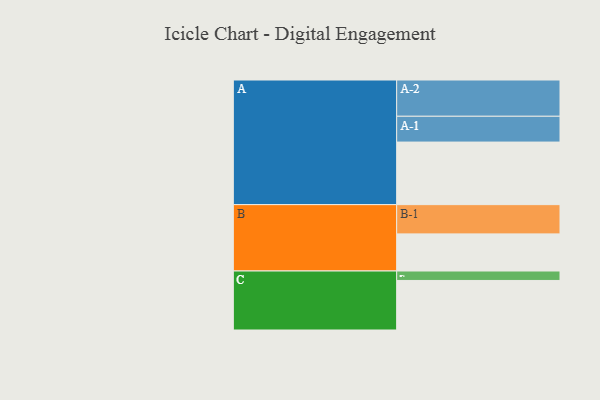
{"axis": {"x": "Segment", "y": "Value"}, "legend": ["", "A", "B", "C"], "data": [{"x": "A", "y": 509, "type": ""}, {"x": "B", "y": 302, "type": ""}, {"x": "C", "y": 403, "type": ""}, {"x": "A-1", "y": 210, "type": "A"}, {"x": "A-2", "y": 295, "type": "A"}, {"x": "B-1", "y": 238, "type": "B"}, {"x": "C-1", "y": 77, "type": "C"}]}